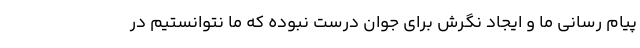
پیام رسانی ما و ایجاد نگرش برای جوان درست نبوده که ما نتوانستیم در